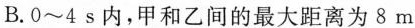
B.0~4s内，甲和乙间的最大距离为8m